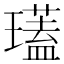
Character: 瓂